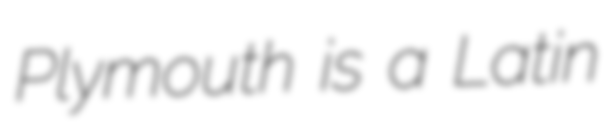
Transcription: Plymouth is a Latin